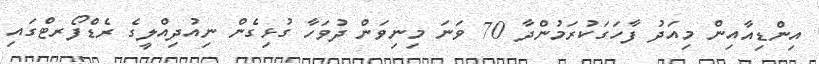
އިންޑިއާއިން މިއަދު ފާހަގަކުރަމުންދާ 70 ވަނަ މިނިވަން ދުވަހާ ގުޅިގެން ނިއުދިއްލީގެ ރެޑްފޯރޓްގައި